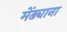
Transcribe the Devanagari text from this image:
मेंढ्याना